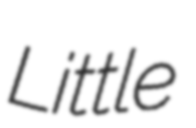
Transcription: Little